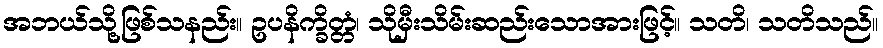
အဘယ်သို့ဖြစ်သနည်း။ ဥပနိက္ခိတ္တံ၊ သိုမှီးသိမ်းဆည်းသောအားဖြင့်။ သတိ၊ သတိသည်။